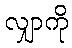
လျှာကို